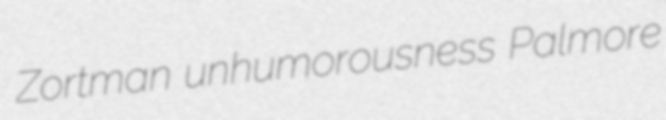
Zortman unhumorousness Palmore